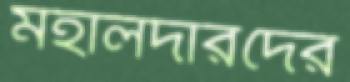
মহালদারদের